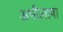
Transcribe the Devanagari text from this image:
अभीलाषा